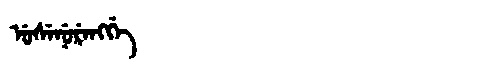
Manchu: ᡠᠰᡝᠨᡠᡵᡝᠩᡤᡝ
Romanization: USENURENGGE